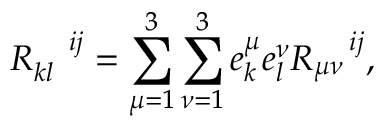
R _ { k l } ^ { \quad i j } = \sum _ { \mu = 1 } ^ { 3 } \sum _ { \nu = 1 } ^ { 3 } e _ { k } ^ { \mu } e _ { l } ^ { \nu } R _ { \mu \nu } ^ { \quad i j } ,